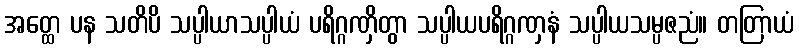
အတ္ထေ ပန သတိပိ သပ္ပါယာသပ္ပါယံ ပရိဂ္ဂဏှိတွာ သပ္ပါယပရိဂ္ဂဏှနံ သပ္ပါယသမ္ပဇညံ။ တတြာယံ